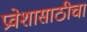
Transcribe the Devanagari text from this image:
प्रवेशासाठीचा